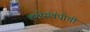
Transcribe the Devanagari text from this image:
कक्षेसंबंधीची